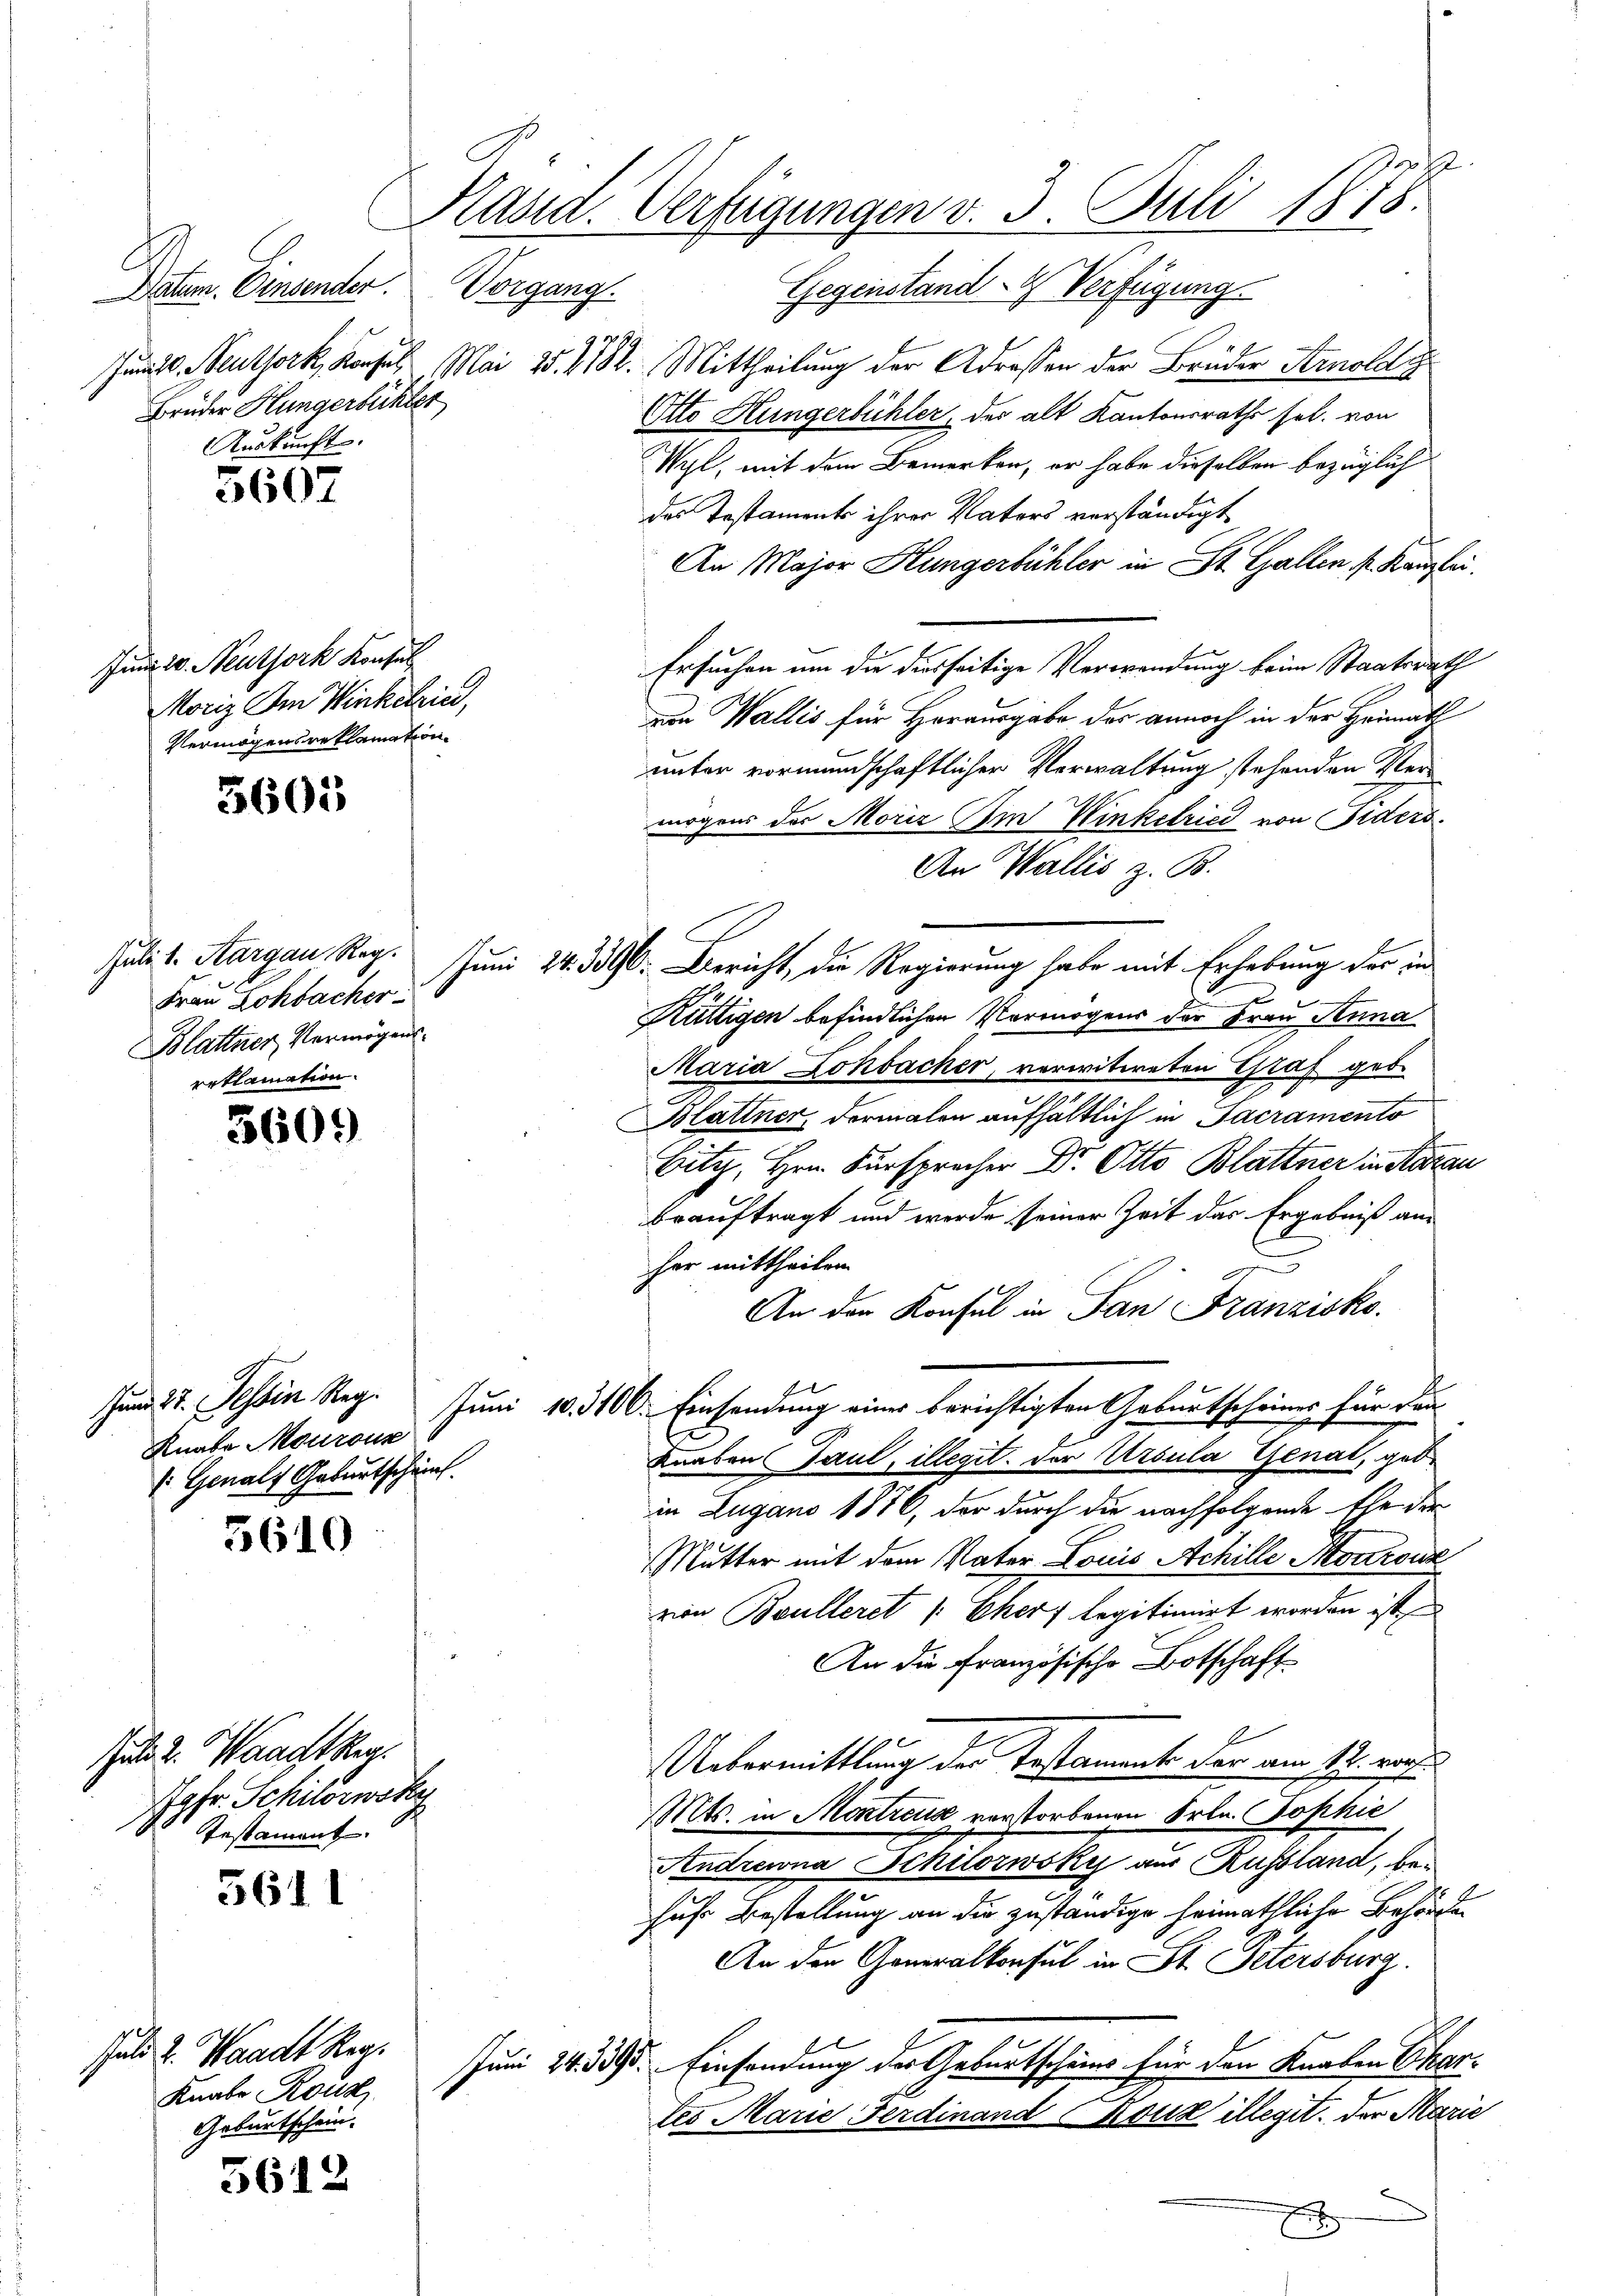
Daten. Einsender.
Vorgang.
Brüder Hungerbüchler
Auskunft.

5607

Juni 20. Neuthork Konsul
Moriz am Winkelried,
Vermögensreklamation

5605

Julit. Aargau Reg.
Frau Zoksacher
Blattner Vermögens
erklamation.

3609

Jund 27. Tessin Reg.
Knabe Mourous
: Genals Geburtscheint.

5610

Juli d. Waadtler.
Jgfr. Schiloswsky
Testament.

5611

Juli u. Waadt Reg.
Knabe Rous
Geburtschein.

5612

h
Kasid. Verfügungen v. 3. Juli 1878.

Gegenstand -4 Verfügung.
Juns. Heuthork, Konsul Mai 25. 1782. Mittheilung der Adressen der Brüder Arnoldy
Otto Hungerbühler, der alt Kantonsraths sel. von
Wyl, mit dem Bemerken, er habe dieselben bezüglich
des Testaments ihrer Vaters verständigt
An Major Hungerbühler in St. Gallen, s. Kanzlei.
Ersuchen um die diesseitige Verwendung beim Staatsrath
von Wallis für Herausgabe des annoch in der Heimath
unter vormundschaftlicher Verwaltung stehenden Vermögens der Moriz Im Winkelried von Fiders
An Wallis z. B.
Juni 24. 396. Bericht, die Regierung habe mit Erhebung der in
Küttigen befindlichen Vermögens der Frau Anna
Maria Lohdacker, verwitweten Graf geb.
Blattner, dermalen aufhältlich in Sacramento
Bitz, Hrn. Fürsprecher Dr. Otto Blattner in Aarau
beauftragt und werde seiner Zeit des Ergebniß an
her mittheilen.
An den Konsul in San Franzisko.
Juni 10. 3100. Einsendung einer berichtigten Geburtscheines für dan
Knaben Paul, illegit. Der Ursula Genat, geb
in Zugano 1876, der durch die nachfolgende Ehe der
Mutter mit dem Vater Louis Achille Morronz
von Boulleret v. Eher legitimirt worden ist
An die Französische Botschaft
Uebermittlung der Testament der am 17. vorh
MMts. in Montreuse verstorbenen Frkn. Sophić
Andrewna Schilorwsky aus Russland, behufe Bestellung an die zuständige heimathliche Behörder
An den Generalkonsul in St. Petersburg.
Juni 24. 395. Einsendung des Geburtscheins für den Knaben Chartes Marie Ferdinand Creuz illegit. Der Marie
h
18